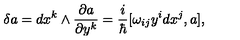
\delta a = d x ^ { k } \wedge \frac { \partial a } { \partial y ^ { k } } = \frac { i } { \hbar } [ \omega _ { i j } y ^ { i } d x ^ { j } , a ] ,